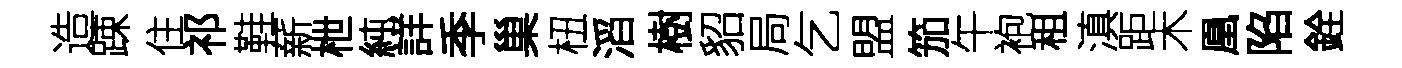
造踈住祁鞋薪枻純詳季巢杻滔樹貂局乞盟笳午袍租滇距木凰陷銓